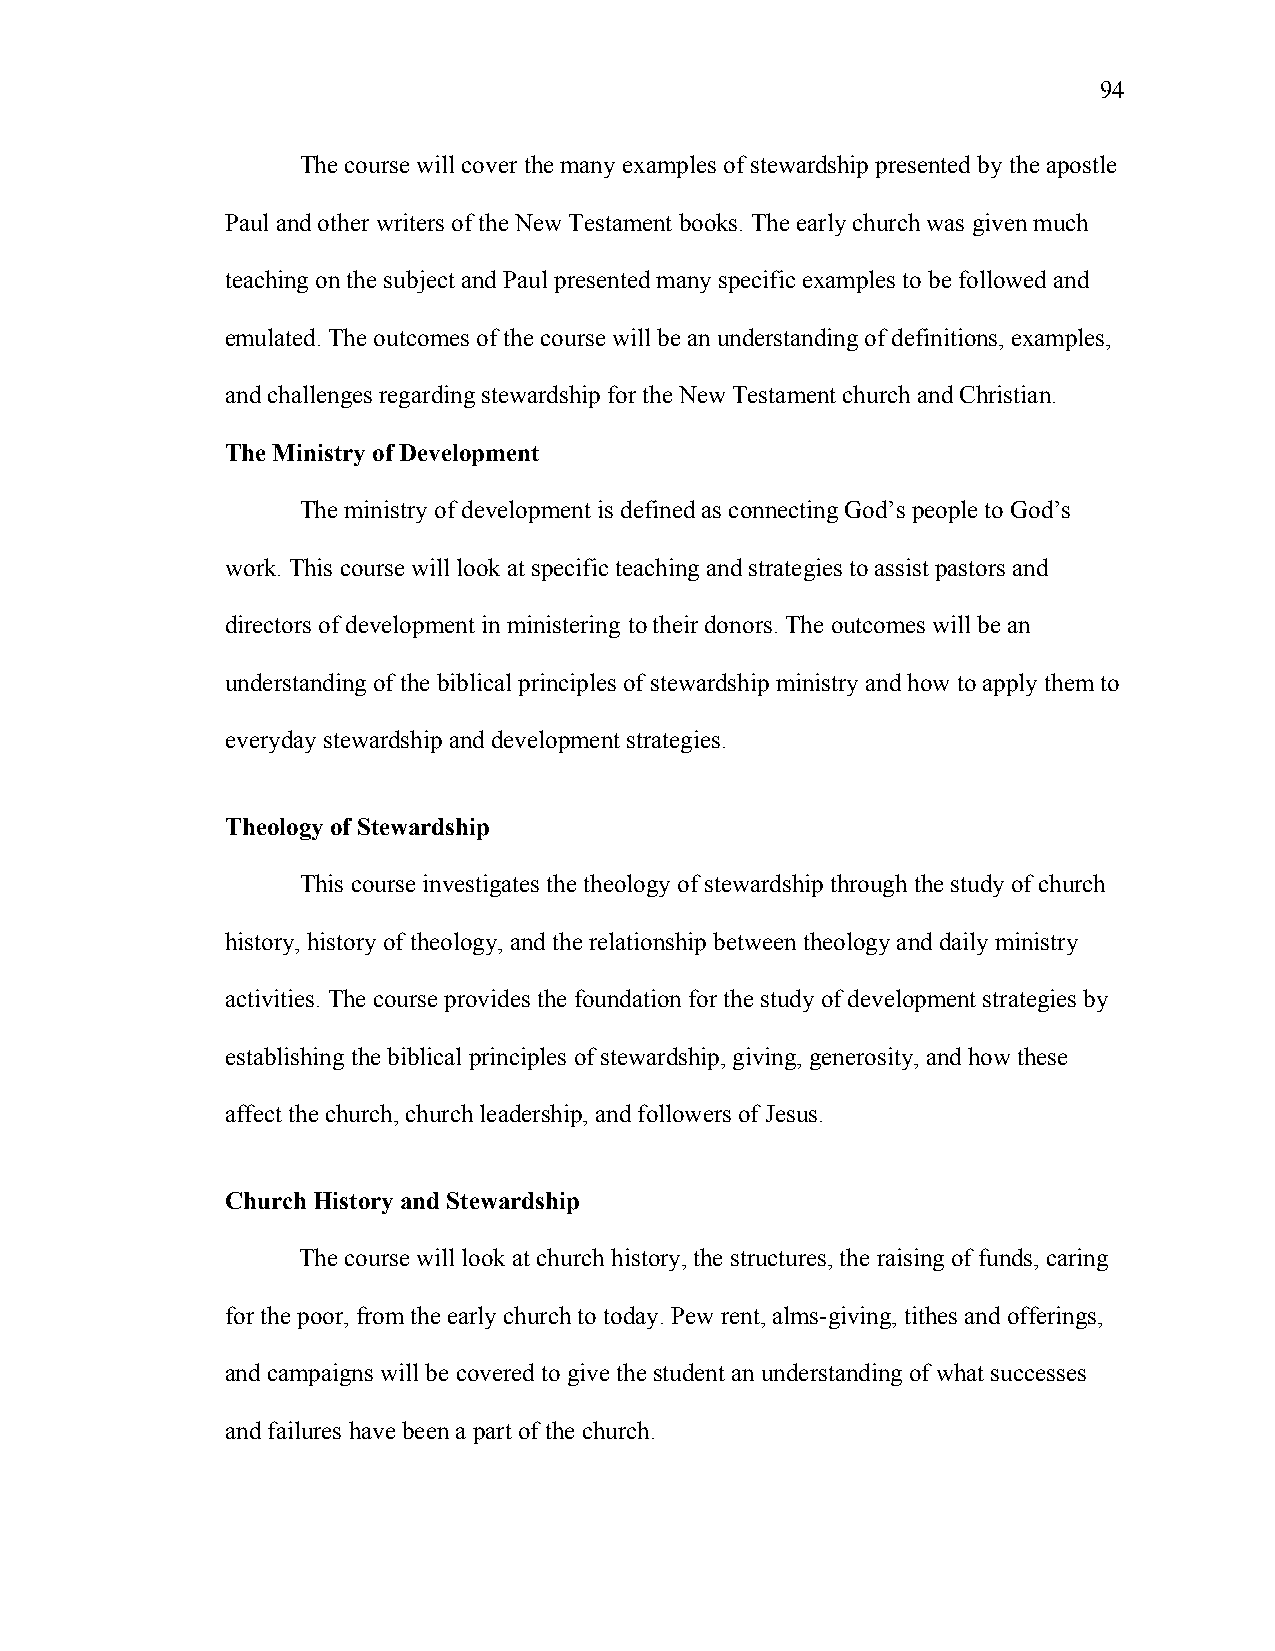
94
 The course will cover the many examples of stewardship presented by the apostle
 Paul and other writers of the New Testament books. The early church was given much
 teaching on the subject and Paul presented many specific examples to be followed and
 emulated. The outcomes of the course will be an understanding of definitions, examples,
 and challenges regarding stewardship for the New Testament church and Christian.
 The Ministry of Development
 The ministry of development is defined as connecting God’s people to God’s
 work. This course will look at specific teaching and strategies to assist pastors and
 directors of development in ministering to their donors. The outcomes will be an
 understanding of the biblical principles of stewardship ministry and how to apply them to
 everyday stewardship and development strategies.
 Theology of Stewardship
 This course investigates the theology of stewardship through the study of church
 history, history of theology, and the relationship between theology and daily ministry
 activities. The course provides the foundation for the study of development strategies by
 establishing the biblical principles of stewardship, giving, generosity, and how these
 affect the church, church leadership, and followers of Jesus.
 Church History and Stewardship
 The course will look at church history, the structures, the raising of funds, caring
 for the poor, from the early church to today. Pew rent, alms-giving, tithes and offerings,
 and campaigns will be covered to give the student an understanding of what successes
 and failures have been a part of the church.